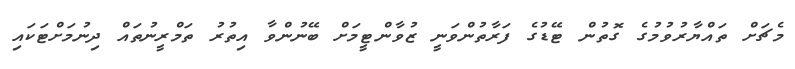
މެޗަށް ތައްޔާރުވުމުގެ ގޮތުން ޓޭޑުގެ ފަރާތުންވަނީ ޒުވާންޓީމަށް ބޭނުންވާ އިތުރު ތަމްރީނުތައް ދިނުމަށްޓަކައި